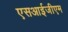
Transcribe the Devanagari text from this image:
एसआईजीएम